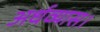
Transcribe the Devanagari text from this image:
अर्धव्यास।